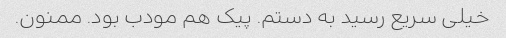
خیلی سریع رسید به دستم. پیک هم مودب بود. ممنون.